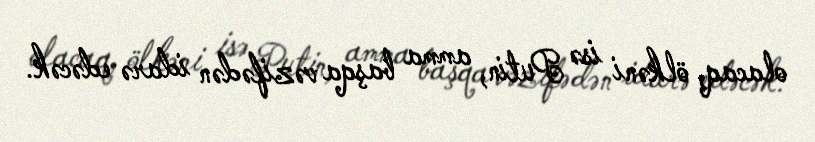
olacaq, ölkəni isə Putin, amma başqa vəzifədən idarə edəcək.